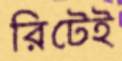
রিটেই